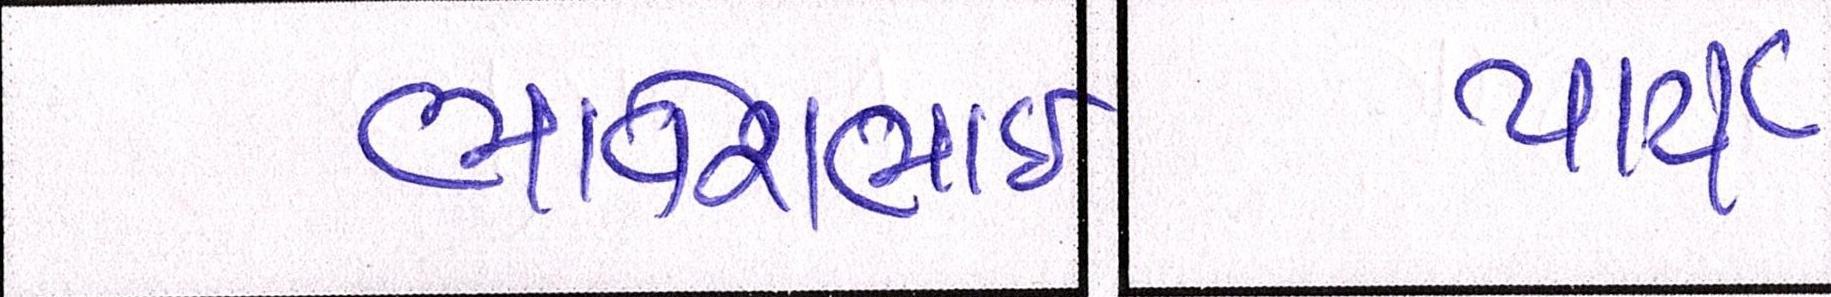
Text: પાર્ટી